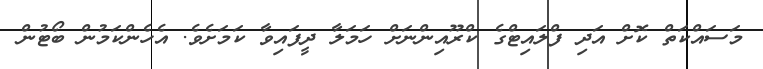
މަސައްކަތް ކޮށް އަދި ފްލައިޓްގެ ކްރޫއިންނަށް ހަމަލާ ދީފައިވާ ކަމަށެވެ. އެހެންކަމުން ބޯޓުން